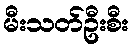
မီးသတ်ဦးစီး